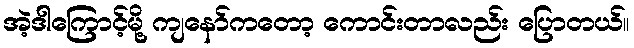
အဲ့ဒါကြောင့်မို့ ကျနော်ကတော့ ကောင်းတာလည်း ပြောတယ်။